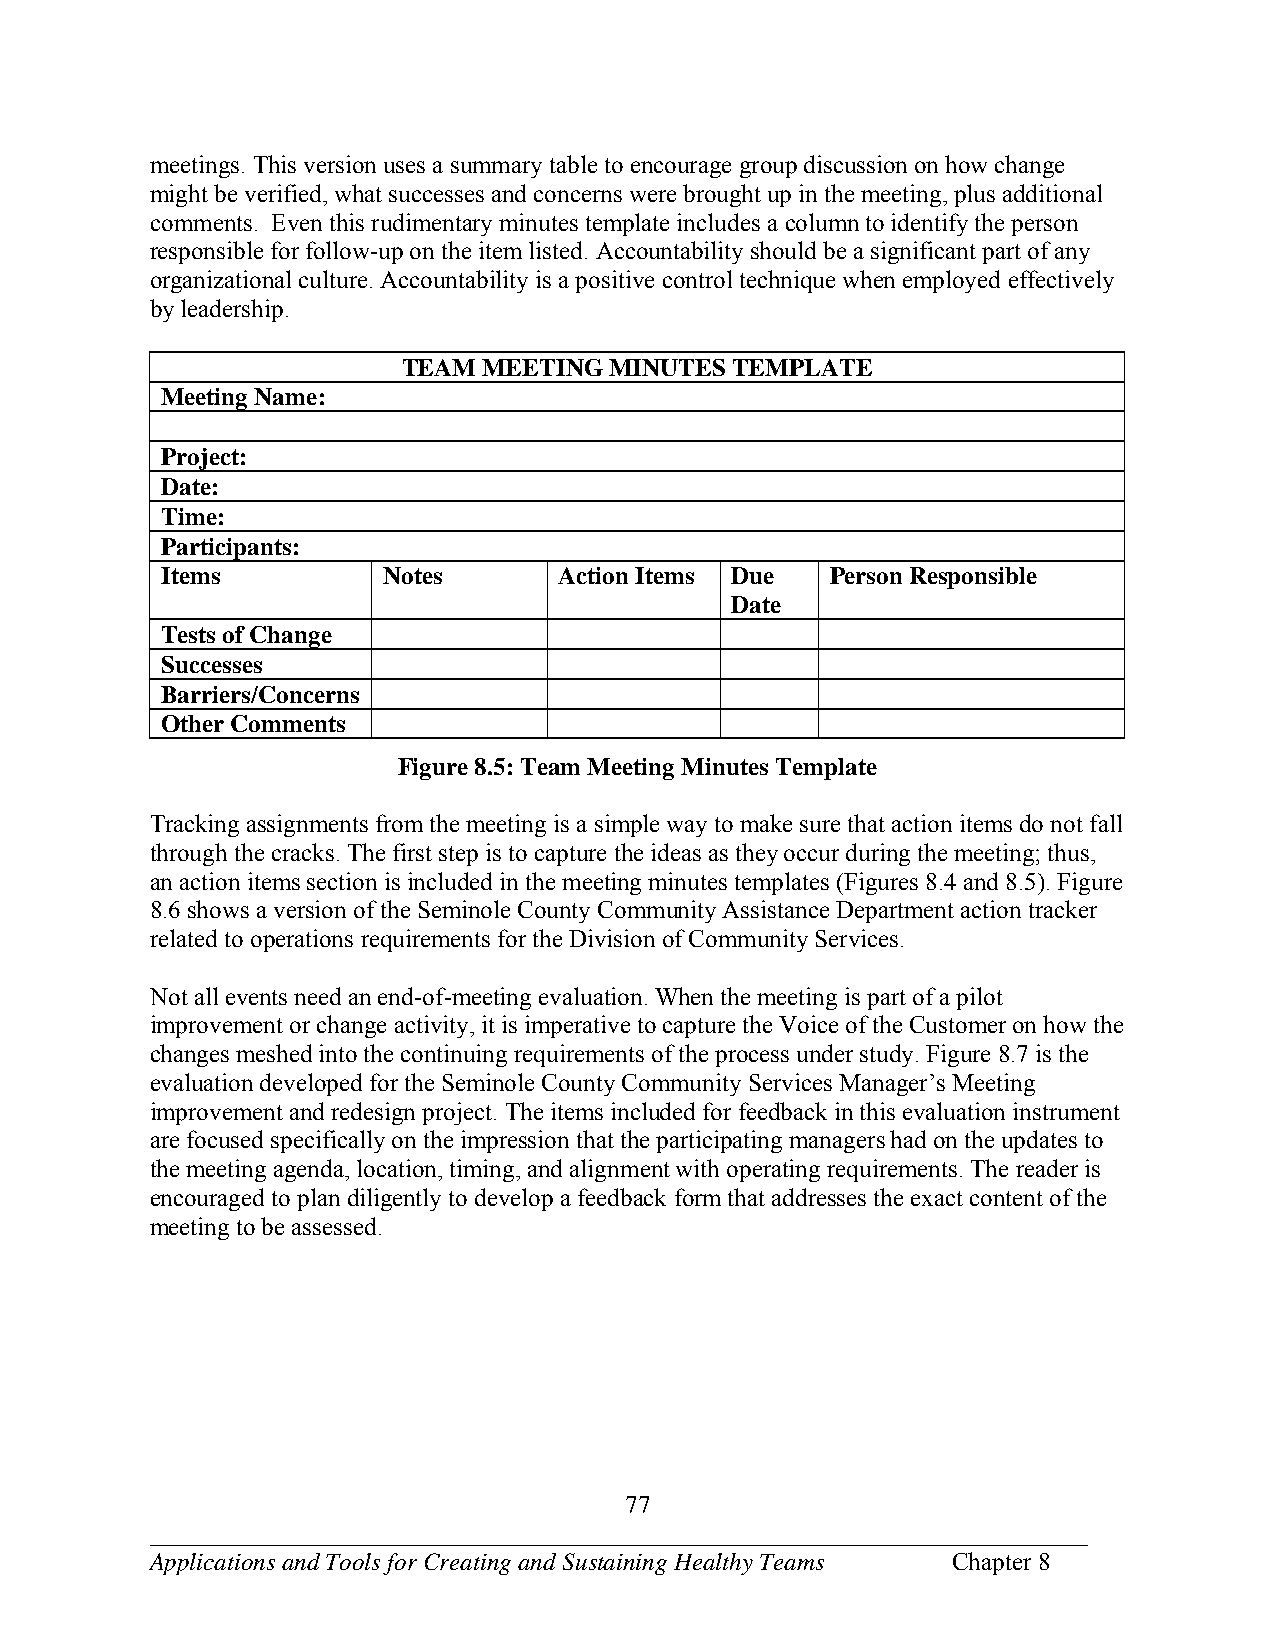
meetings. This version uses a summary table to encourage group discussion on how change
 might be verified, what successes and concerns were brought up in the meeting, plus additional
 comments. Even this rudimentary minutes template includes a column to identify the person
 responsible for follow-up on the item listed. Accountability should be a significant part of any
 organizational culture. Accountability is a positive control technique when employed effectively
 by leadership.
 TEAM MEETING MINUTES  TEMPLATE
 Meeting Name:
 Project:
 Date:
 Time:
 Participants:
 Items         Notes       Action Items Due  Person Responsible
 Date
 Tests of Change
 Successes
 Barriers/Concerns
 Other Comments
 Figure 8.5: Team Meeting Minutes Template
 Tracking assignments from the meeting is a simple way to make sure that action items do not fall
 through the cracks. The first step is to capture the ideas as they occur during the meeting; thus,
 an action items section is included in the meeting minutes templates (Figures 8.4 and 8.5). Figure
 8.6 shows a version of the Seminole County Community Assistance Department action tracker
 related to operations requirements for the Division of Community Services.
 Not all events need an end-of-meeting evaluation. When the meeting is part of a pilot
 improvement or change activity, it is imperative to capture the Voice of the Customer on how the
 changes meshed into the continuing requirements of the process under study. Figure 8.7 is the
 evaluation developed for the Seminole County Community Services Manager’s Meeting
 improvement and redesign project. The items included for feedback in this evaluation instrument
 are focused specifically on the impression that the participating managers had on the updates to
 the meeting agenda, location, timing, and alignment with operating requirements. The reader is
 encouraged to plan diligently to develop a feedback form that addresses the exact content of the
 meeting to be assessed.
 77
 ___________________________________________________________________________
 Applications and Tools for Creating and Sustaining Healthy Teams Chapter 8